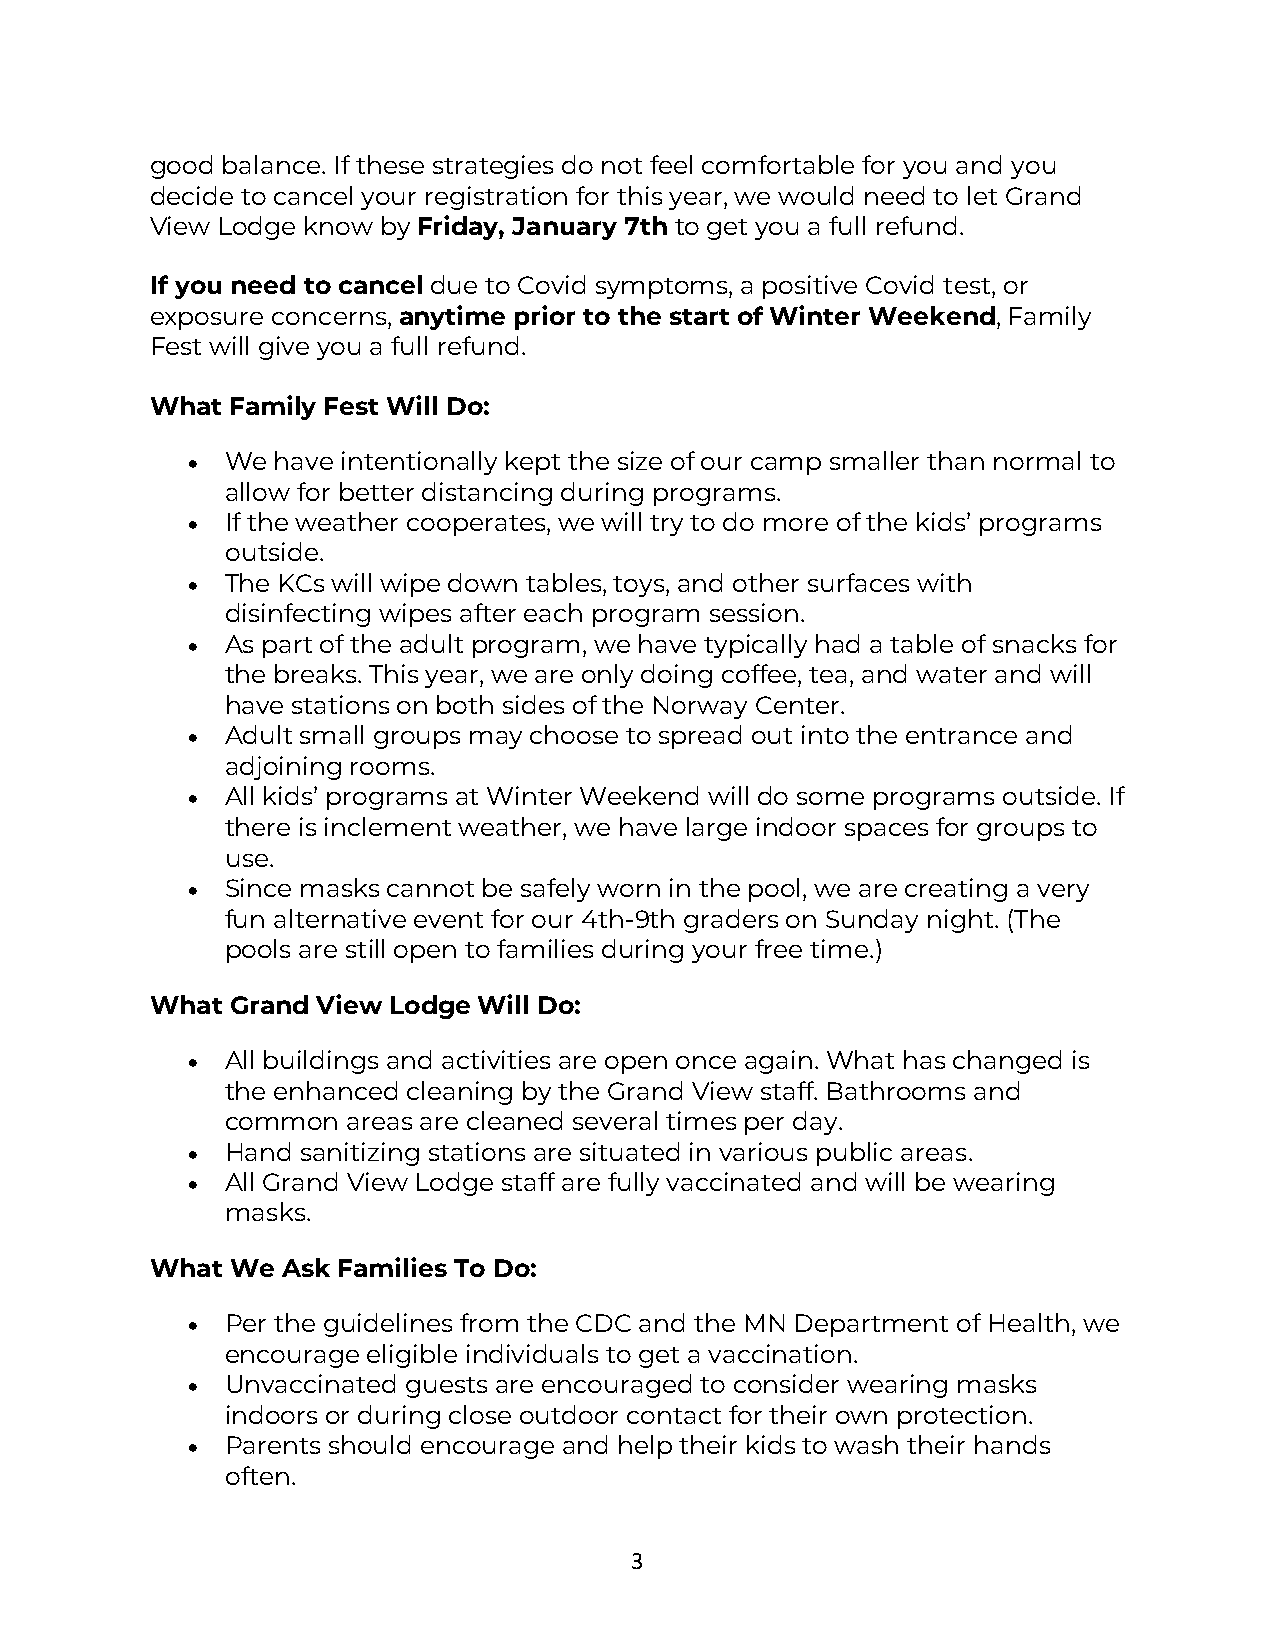
good balance. If these strategies do not feel comfortable for you and you
 decide to cancel your registration for this year, we would need to let Grand
 View Lodge know by Friday, January 7th to get you a full refund.
 If you need to cancel due to Covid symptoms, a positive Covid test, or
 exposure concerns, anytime prior to the start of Winter Weekend, Family
 Fest will give you a full refund.
 What Family Fest Will Do:
 •  We have intentionally kept the size of our camp smaller than normal to
 allow for better distancing during programs.
 •  If the weather cooperates, we will try to do more of the kids’ programs
 outside.
 •  The KCs will wipe down tables, toys, and other surfaces with
 disinfecting wipes after each program session.
 •  As part of the adult program, we have typically had a table of snacks for
 the breaks. This year, we are only doing coffee, tea, and water and will
 have stations on both sides of the Norway Center.
 •  Adult small groups may choose to spread out into the entrance and
 adjoining rooms.
 •  All kids’ programs at Winter Weekend will do some programs outside. If
 there is inclement weather, we have large indoor spaces for groups to
 use.
 •  Since masks cannot be safely worn in the pool, we are creating a very
 fun alternative event for our 4th-9th graders on Sunday night. (The
 pools are still open to families during your free time.)
 What Grand View Lodge Will Do:
 •  All buildings and activities are open once again. What has changed is
 the enhanced cleaning by the Grand View staff. Bathrooms and
 common  areas are cleaned several times per day.
 •  Hand sanitizing stations are situated in various public areas.
 •  All Grand View Lodge staff are fully vaccinated and will be wearing
 masks.
 What We  Ask Families To Do:
 •  Per the guidelines from the CDC and the MN Department of Health, we
 encourage eligible individuals to get a vaccination.
 •  Unvaccinated guests are encouraged to consider wearing masks
 indoors or during close outdoor contact for their own protection.
 •  Parents should encourage and help their kids to wash their hands
 often.
 3